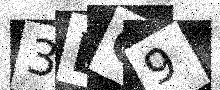
Text: 3DC9